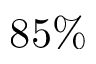
8 5 \%